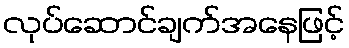
လုပ်ဆောင်ချက်အနေဖြင့်